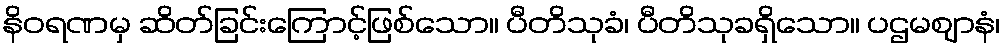
နိဝရဏမှ ဆိတ်ခြင်းကြောင့်ဖြစ်သော။ ပီတိသုခံ၊ ပီတိသုခရှိသော။ ပဌမဈာနံ၊